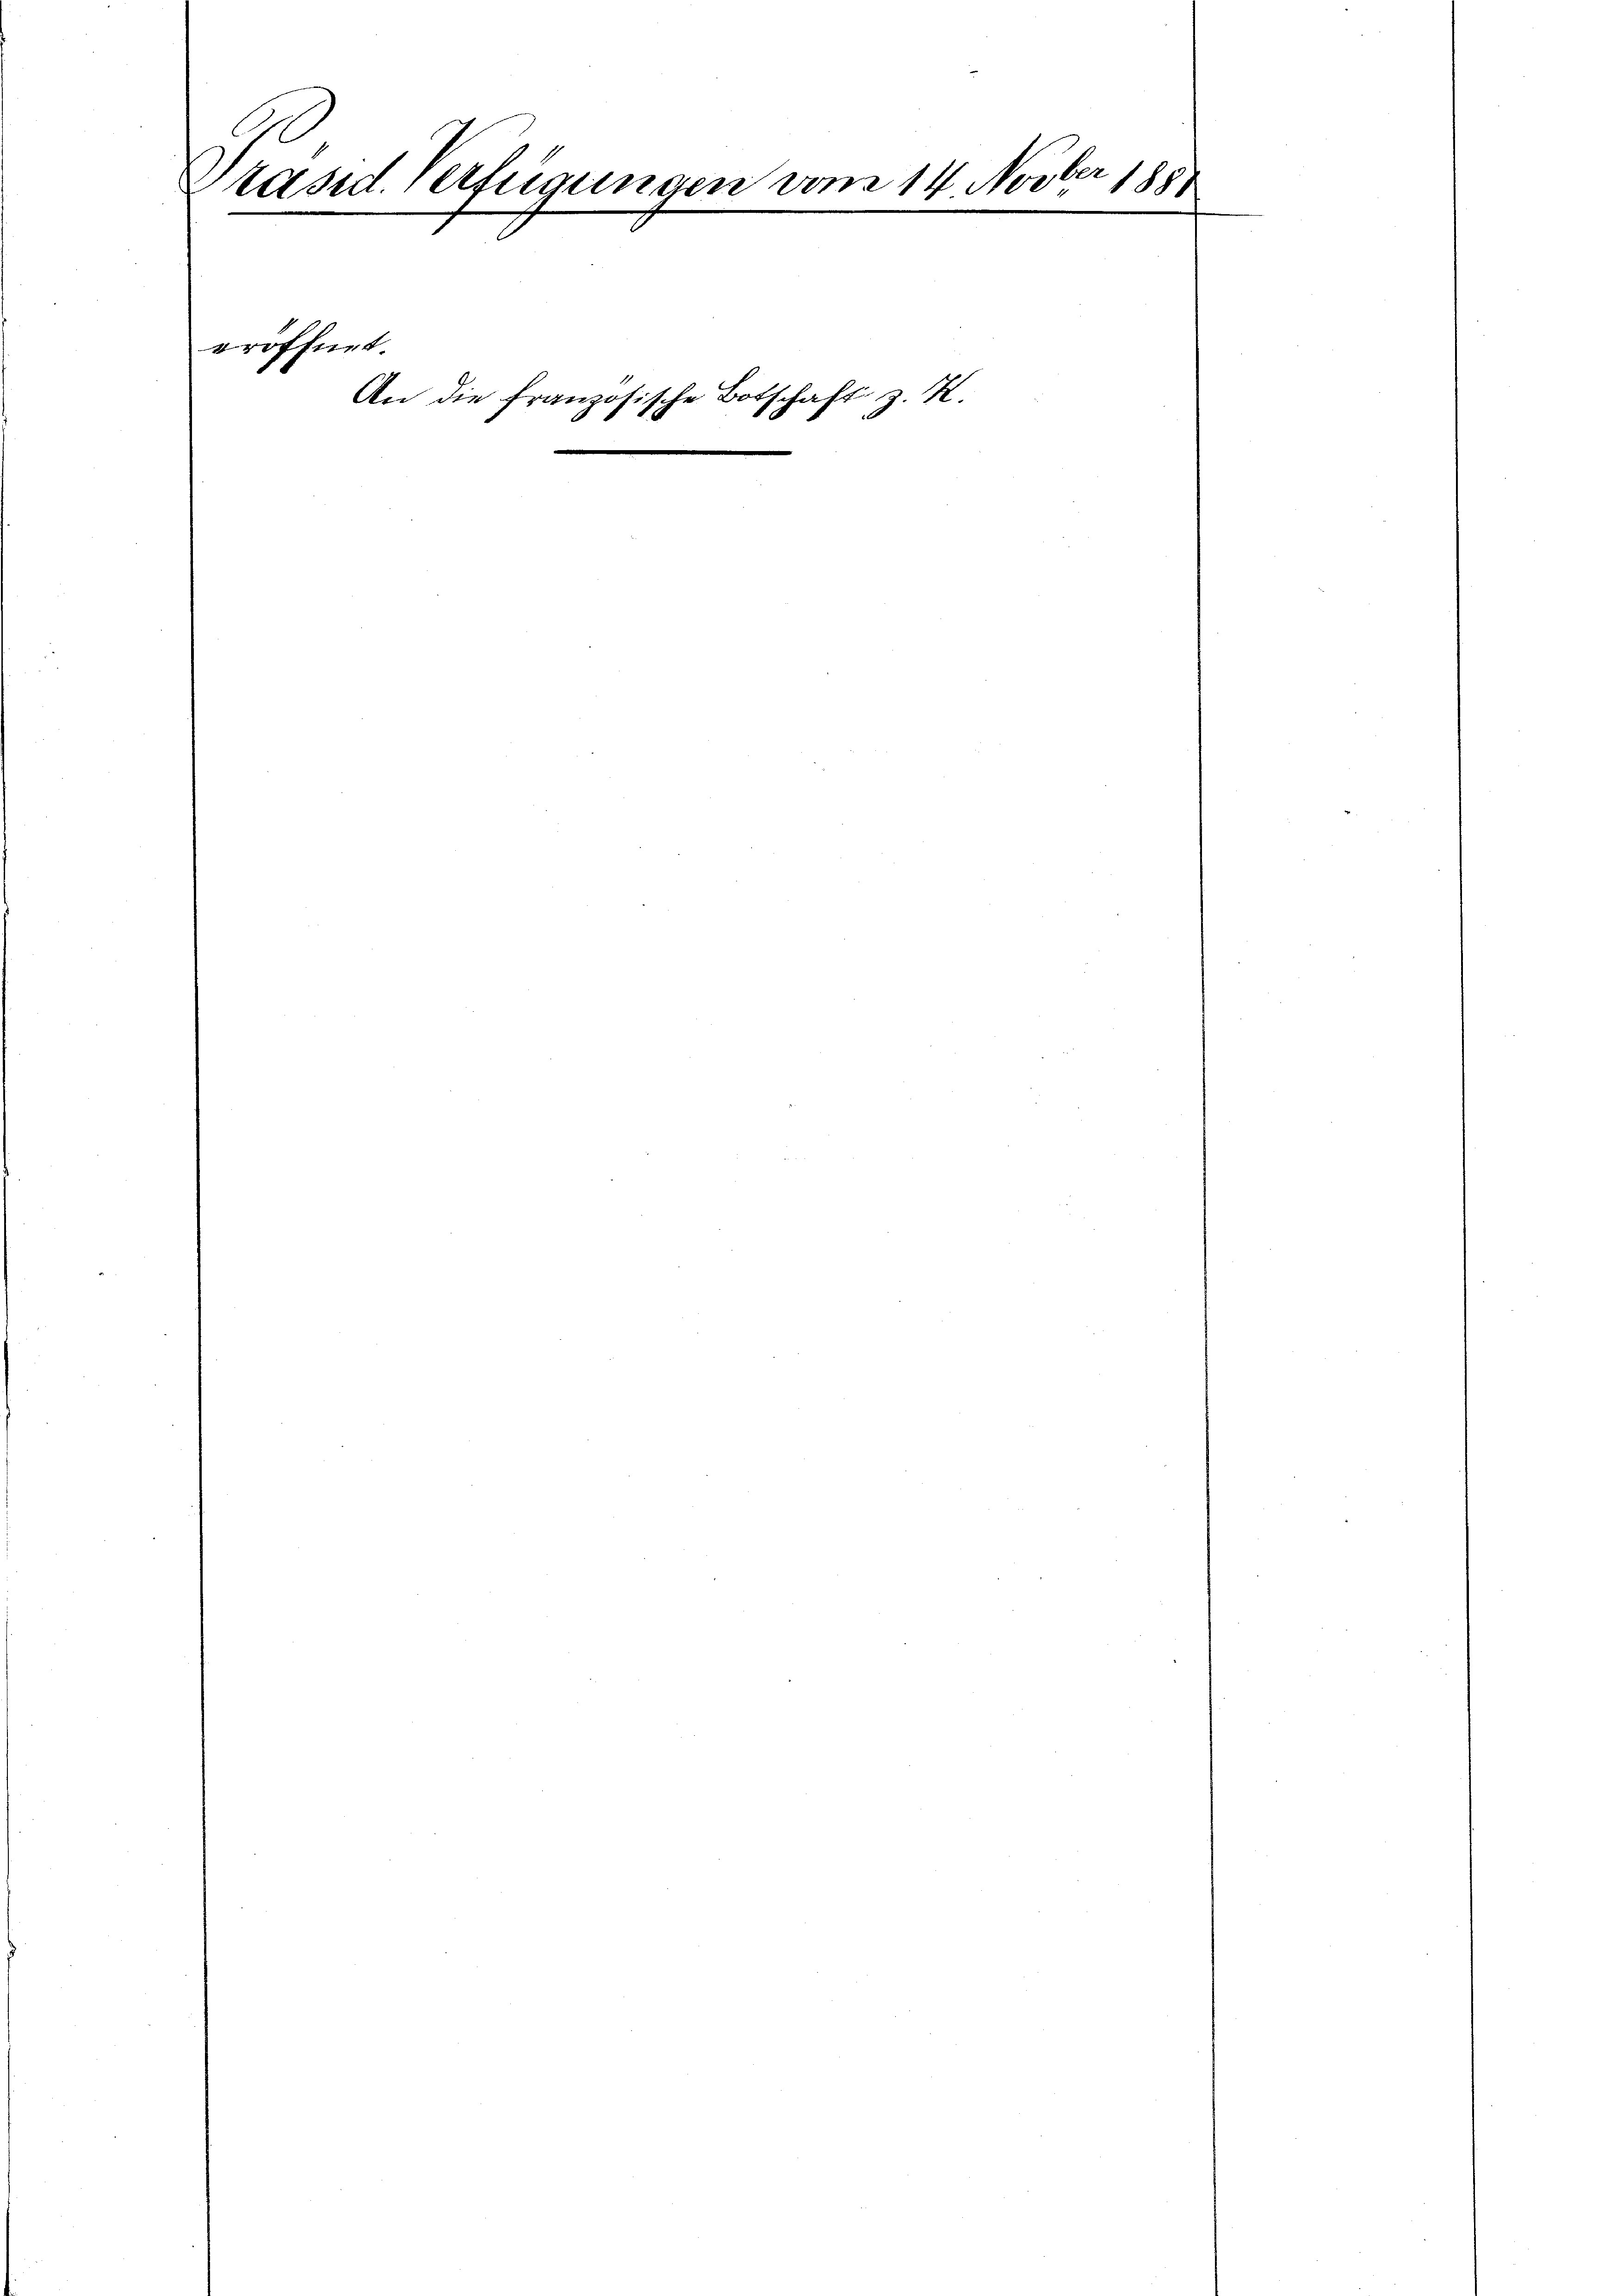
Präsid. Verfügungen vom 14. Novber 1881
2

eröffnet.

An die Französisc

tschaft z. Z.
B